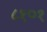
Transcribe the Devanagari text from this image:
८१०१